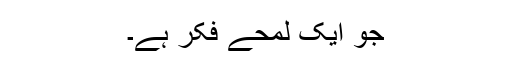
جو ایک لمحے فکر ہے۔